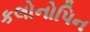
કલોનોપિન